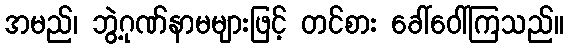
အမည်၊ ဘွဲ့ဂုဏ်နာမများဖြင့် တင်စား ခေါ်ဝေါ်ကြသည်။